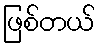
ဖြစ်တယ်